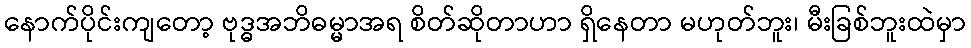
နောက်ပိုင်းကျတော့ ဗုဒ္ဓအဘိဓမ္မာအရ စိတ်ဆိုတာဟာ ရှိနေတာ မဟုတ်ဘူး၊ မီးခြစ်ဘူးထဲမှာ